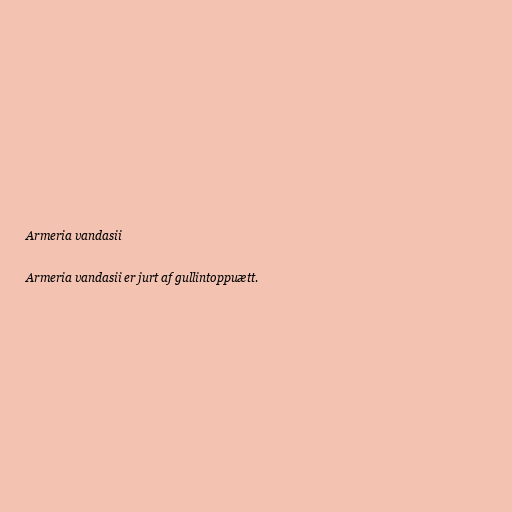
Armeria vandasii

Armeria vandasii er jurt af gullintoppuætt.